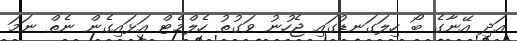
އަދި އޭނާގެ ބޯ ހިލަގަނޑުގައި ޖެހުނު ވަގުތު ހެލްމެޓް އަޅައިގެން ނެތް ނަމަ